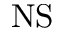
\mathrm { N S }